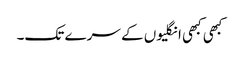
کبھی کبھی انگلیوں کے سرے تک۔